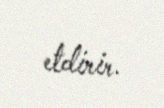
etdirir.